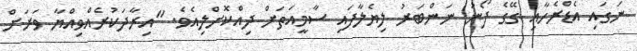
ނަގައި އެޑްރެހާއި ގޭގެ ފޯނު ނަންބަރު ލިޔެލާފައި ސާމީއަތަށް ދިއްކޮށްލިއެވެ. "އިރާދަކުރެއްވިއްޔާ ވަރަށް